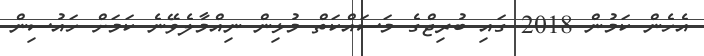
އެހެން ކަމުން 2018 ގައި ބުރިޖްގެ މަސައްކަތް މުޅިން ނިއްމާލެވޭނެ ކަމަށް ހައުސިން